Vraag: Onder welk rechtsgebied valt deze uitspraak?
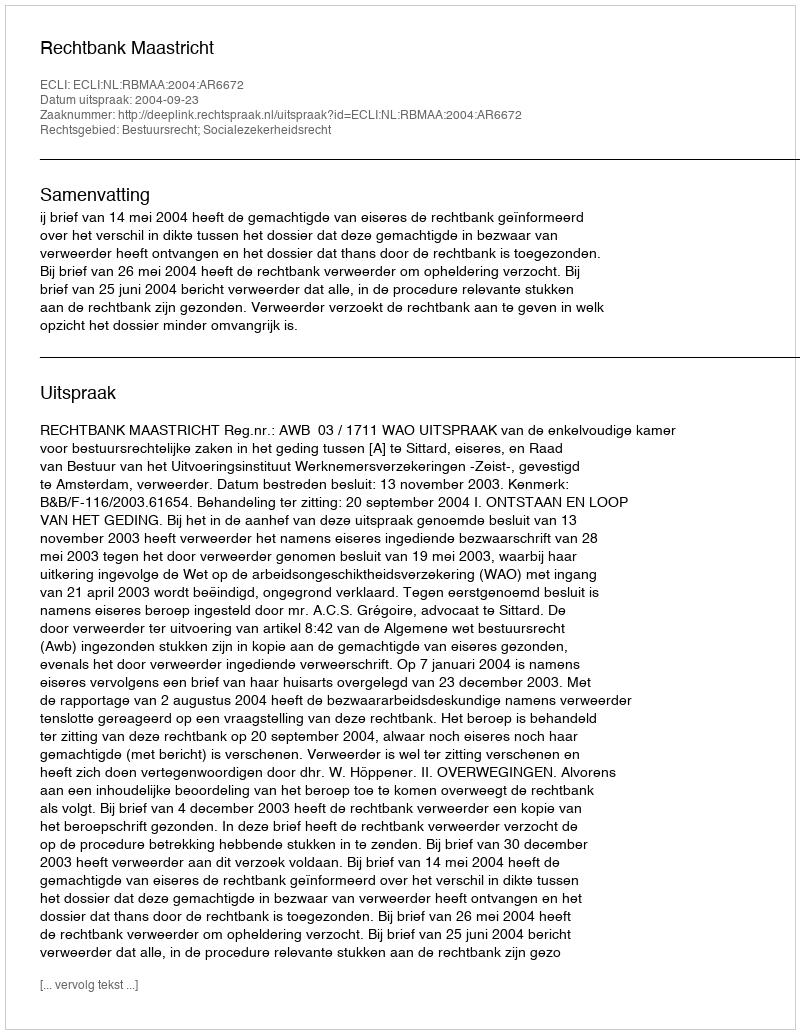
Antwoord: Bestuursrecht; Socialezekerheidsrecht